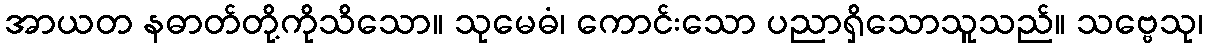
အာယတ နဓာတ်တို့ကိုသိသော။ သုမေဓံ၊ ကောင်းသော ပညာရှိသောသူသည်။ သဗ္ဗေသု၊